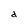
Character: a